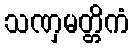
သဏှမတ္တိကံ